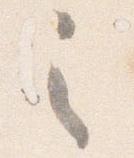
之